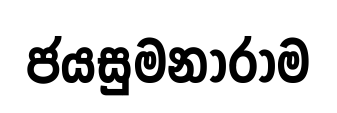
ජයසුමනාරාම